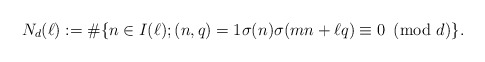
\begin{align*}N_d(\ell):=\#\{n\in I(\ell); (n,q)=1 \sigma(n)\sigma(mn+\ell q)\equiv 0\!\!\!\pmod d\}.\end{align*}